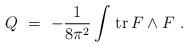
LaTeX: \begin{align*}Q\ =\ -\frac{1}{8\pi^2} \int\!\;\textrm{tr}\,F\wedge F \ .\end{align*}